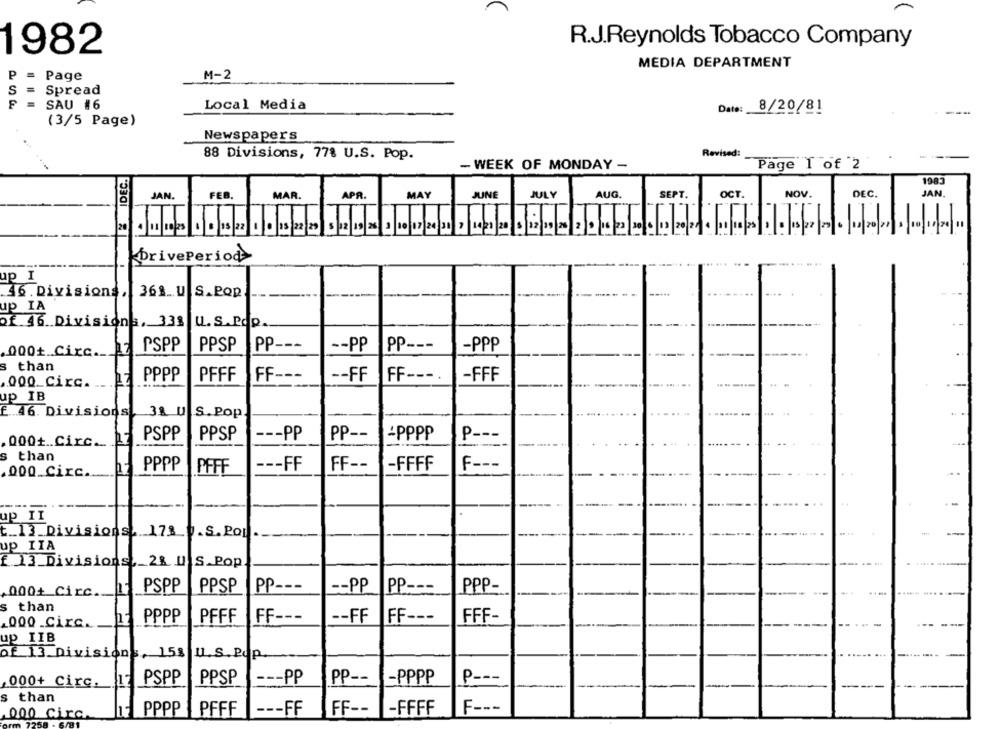
R.J.Reynolds Tobacco Company
1982
MEDIA DEPARTMENT
P
Page
M-2
S =
Spread
SAU #6
Local Media
Date:
8/20/81
(3/5 Page)
Newspapers
Revised:
88 Divisions, 77% U.S. Pop.
- WEEK OF MONDAY -
Page 1 of 2
& IDEC.
1983
JAN.
FEB.
MAR.
APR.
MAY
JUNE
JULY
AUG.
SEPT.
OCT.
NOV.
DEC.
JAN
.
DrivePeriod
up I
46 . Divisions .
368 U S.POR
up IA
of 46. Divisions, 338
U. S.Pop
PSPP
PPSP
PP ---
-- PP
PP ---
-PPP
000+ Circ.
s than
PPPP
PFFF
FF ---
-- FF
FF ---
-FFF
000_Circ.
up IB
£ 46. Divisions
3& U S. Pop.
PSPP
PPSP
--- PP
PP --
-PPPP
P --
. 000+ .. Circ __ _ P.7
s than
PPPP
--- FF
FF --
-FFFF
F ---
.000_Circ ...
PFFF
up II
t .. 13 Divisions. 17% .S. Por
up IIA
f 13 Divisions , 28 U S.Pop.
PSPP
PPSP
PP ---
-- PP
PP ---
PPP-
.000+ Circ ..
S
than
PPPP
PFFF
FF ---
-- FF
FF ---
FFF-
000 Circ.
up IIB
of 13 Divisions, 158
IL. S. Pop
-PPPP
.000+ Circ.
PSPP
PPSP
--- PP
PP --
P ---
----
than
F ---
000 Circ.
PPPP
PFFF
--- FF
FF --
-FFFF